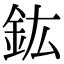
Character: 鈜